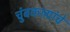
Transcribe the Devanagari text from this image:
चुंबकाग्रांचे